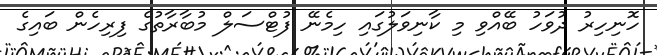
ހޮނިހިރު ދުވަހު ބޭއްވި މި ކާނިވަލުގައި ހިމެނޭ ފުޓްސަލް މުބާރާތުގެ ފިރިހެން ބައިގެ